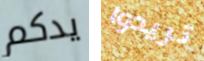
يدكم تريدوا